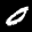
Label: 0